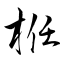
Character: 栣